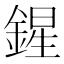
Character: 鍟